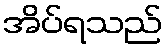
အိပ်ရသည်